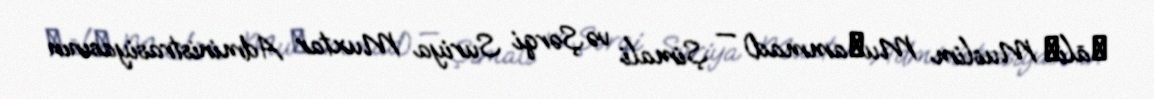
Ṣāliḥ Muslim Muḥammad) — Şimali və Şərqi Suriya Muxtar Administrasiyasının